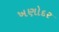
ખણોદર